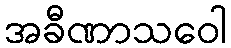
အခီဏာသဝေါ